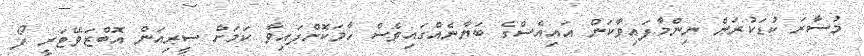
މުސާރަ ކުޑަކުރަން ނިންމާފައިވާކަން އައިއެސްގެ ބަޔާނެއްގައިވެސް ހާމަކޮށްފައިވާ ކަމަށް ސީރިއަން އޮބްޒަވޭޓަރީ ފޯ